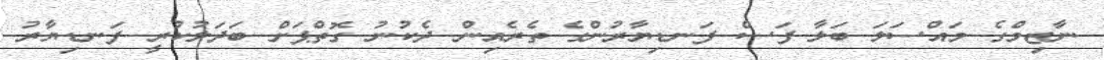
ނާޒިމްގެ މައްސަލަ ބަލާ ފަސް ފަނޑިޔާރުންގެ ތެރެއިން ދެކުނު ގޮތްޕަށް ބަދަލުކުރީ ފަނޑިޔާރު